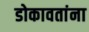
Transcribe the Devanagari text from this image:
डोकावतांना